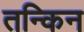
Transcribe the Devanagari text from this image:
तन्किन